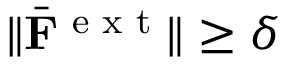
\lVert \bar { \mathbf F } ^ { \textrm { e x t } } \rVert \geq \delta